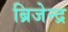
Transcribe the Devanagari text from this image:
ब्रिजेन्द्र